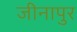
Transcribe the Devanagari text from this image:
जीनापुर